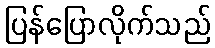
ပြန်ပြောလိုက်သည်